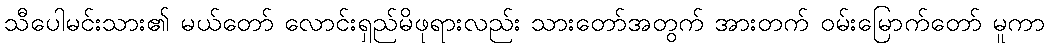
သီပေါမင်းသား၏ မယ်တော် လောင်းရှည်မိဖုရားလည်း သားတော်အတွက် အားတက် ဝမ်းမြောက်တော် မူကာ